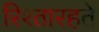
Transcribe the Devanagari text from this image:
रिश्तारहते